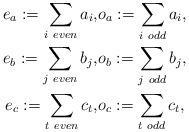
LaTeX: \begin{align*}e_a:=\sum_{i\ even}a_i, &o_a:=\sum_{i \ odd} a_i,\\e_b:=\sum_{j\ even}b_j, &o_b:=\sum_{j \ odd} b_j,\\e_c:=\sum_{t\ even}c_t, &o_c:=\sum_{t \ odd} c_t,\end{align*}